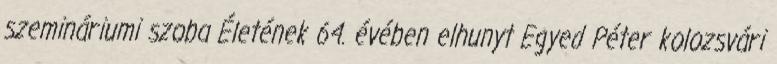
szemináriumi szoba Életének 64. évében elhunyt Egyed Péter kolozsvári